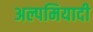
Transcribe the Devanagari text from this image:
अल्पमियादी